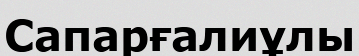
Сапарғалиұлы